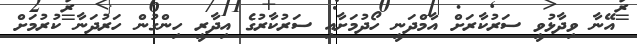
އޭނާ ވިދާޅުވީ ސަރުކާރަށް އާމްދަނީ ހޯދުމަށާއި ސަރުކާރުގެ އިދާރީ ހިންގުން ހަރުދަނާ ކުރުމަށް